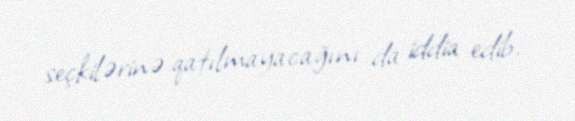
seçkilərinə qatılmayacağını da iddia edib.